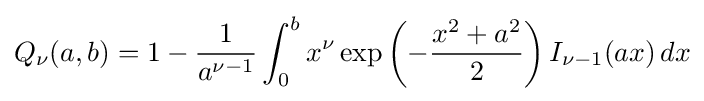
Q_{\nu }(a,b)=1-{\frac {1}{a^{\nu -1}}}\int _{0}^{b}x^{\nu }\exp \left(-{\frac {x^{2}+a^{2}}{2}}\right)I_{\nu -1}(ax)\,dx